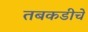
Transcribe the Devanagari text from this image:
तबकडीचे